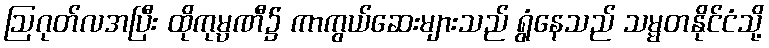
ဩဂုတ်လအပြီး ထိုကုမ္ပဏီ၌ ကာကွယ်ဆေးများသည် ရွံနေသည် သမ္မတနိုင်ငံသို့